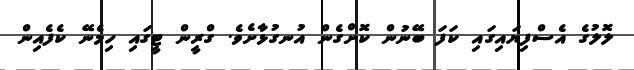
ލޮލުގެ އެސްފިޔައިގައި ކަފަ ބޭނުން ކޮށްގެން އުނގުޅާށެވެ. ގްރީން ޓީގައި ހިމެނޭ ކެފެއިން